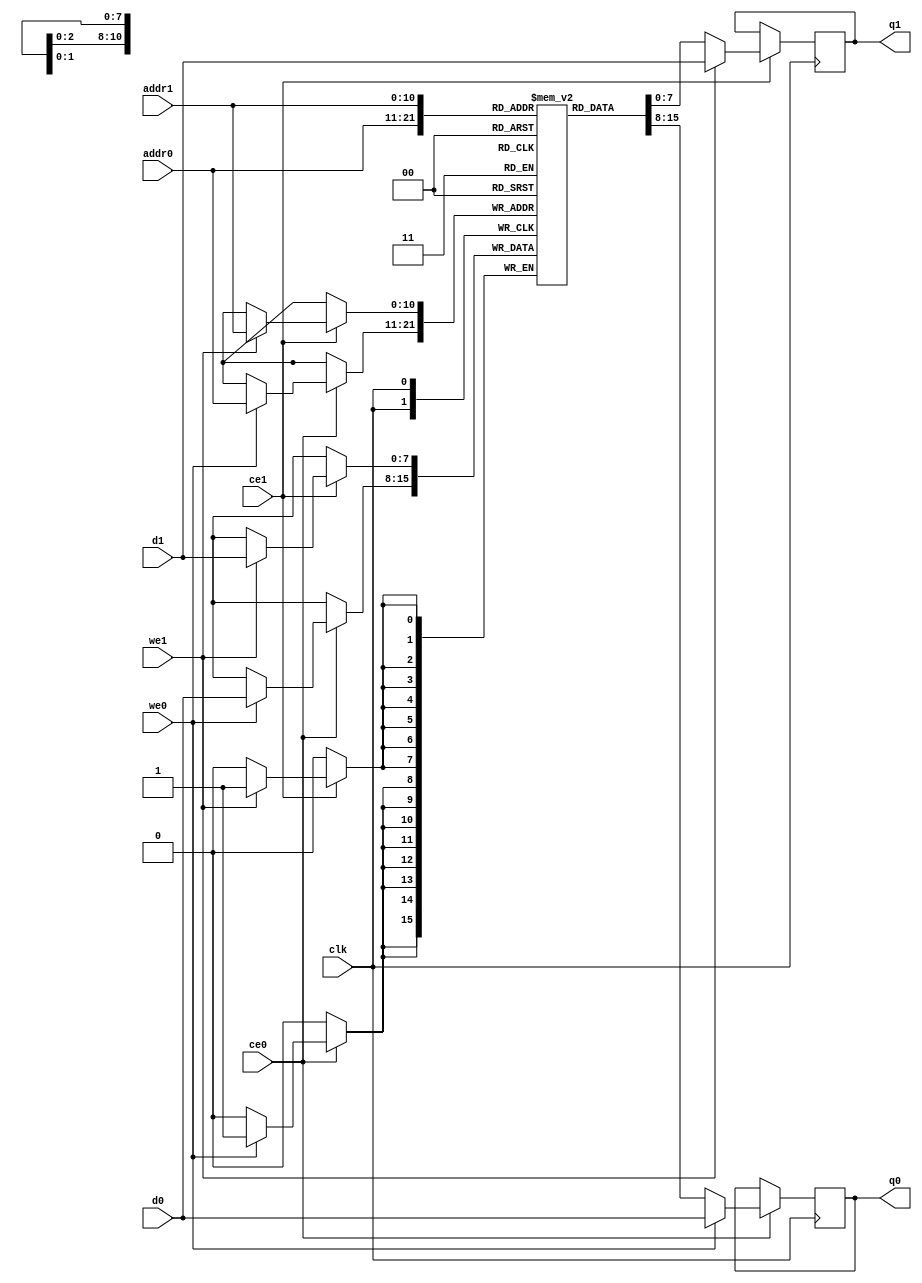
// ==============================================================
// File generated by Vivado(TM) HLS - High-Level Synthesis from C, C++ and SystemC
// Version: 2017.4
// Copyright (C) 1986-2017 Xilinx, Inc. All Rights Reserved.
// 
// ==============================================================

`timescale 1 ns / 1 ps
module workload_buf_0_ram (addr0, ce0, d0, we0, q0, addr1, ce1, d1, we1, q1,  clk);

parameter DWIDTH = 8;
parameter AWIDTH = 11;
parameter MEM_SIZE = 2048;

input[AWIDTH-1:0] addr0;
input ce0;
input[DWIDTH-1:0] d0;
input we0;
output reg[DWIDTH-1:0] q0;
input[AWIDTH-1:0] addr1;
input ce1;
input[DWIDTH-1:0] d1;
input we1;
output reg[DWIDTH-1:0] q1;
input clk;

(* ram_style = "block" *)reg [DWIDTH-1:0] ram[0:MEM_SIZE-1];




always @(posedge clk)  
begin 
    if (ce0) 
    begin
        if (we0) 
        begin 
            ram[addr0] <= d0; 
            q0 <= d0;
        end 
        else 
            q0 <= ram[addr0];
    end
end


always @(posedge clk)  
begin 
    if (ce1) 
    begin
        if (we1) 
        begin 
            ram[addr1] <= d1; 
            q1 <= d1;
        end 
        else 
            q1 <= ram[addr1];
    end
end


endmodule


`timescale 1 ns / 1 ps
module workload_buf_0(
    reset,
    clk,
    address0,
    ce0,
    we0,
    d0,
    q0,
    address1,
    ce1,
    we1,
    d1,
    q1);

parameter DataWidth = 32'd8;
parameter AddressRange = 32'd2048;
parameter AddressWidth = 32'd11;
input reset;
input clk;
input[AddressWidth - 1:0] address0;
input ce0;
input we0;
input[DataWidth - 1:0] d0;
output[DataWidth - 1:0] q0;
input[AddressWidth - 1:0] address1;
input ce1;
input we1;
input[DataWidth - 1:0] d1;
output[DataWidth - 1:0] q1;



workload_buf_0_ram workload_buf_0_ram_U(
    .clk( clk ),
    .addr0( address0 ),
    .ce0( ce0 ),
    .d0( d0 ),
    .we0( we0 ),
    .q0( q0 ),
    .addr1( address1 ),
    .ce1( ce1 ),
    .d1( d1 ),
    .we1( we1 ),
    .q1( q1 ));

endmodule